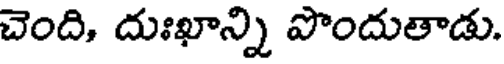
చెంది, దుఃఖాన్ని పొందుతాడు.